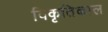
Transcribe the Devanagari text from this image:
विकृतिकाल